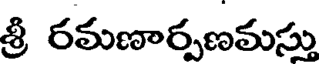
శ్రీ రమణార్పణమస్తు